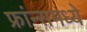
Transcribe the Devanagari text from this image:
फ्रांन्समध्ये